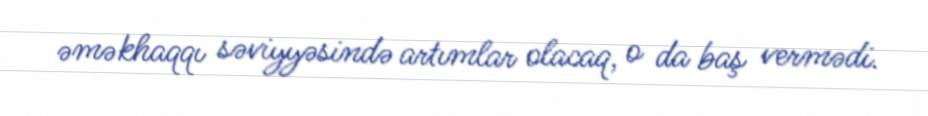
əməkhaqqı səviyyəsində artımlar olacaq, o da baş vermədi.